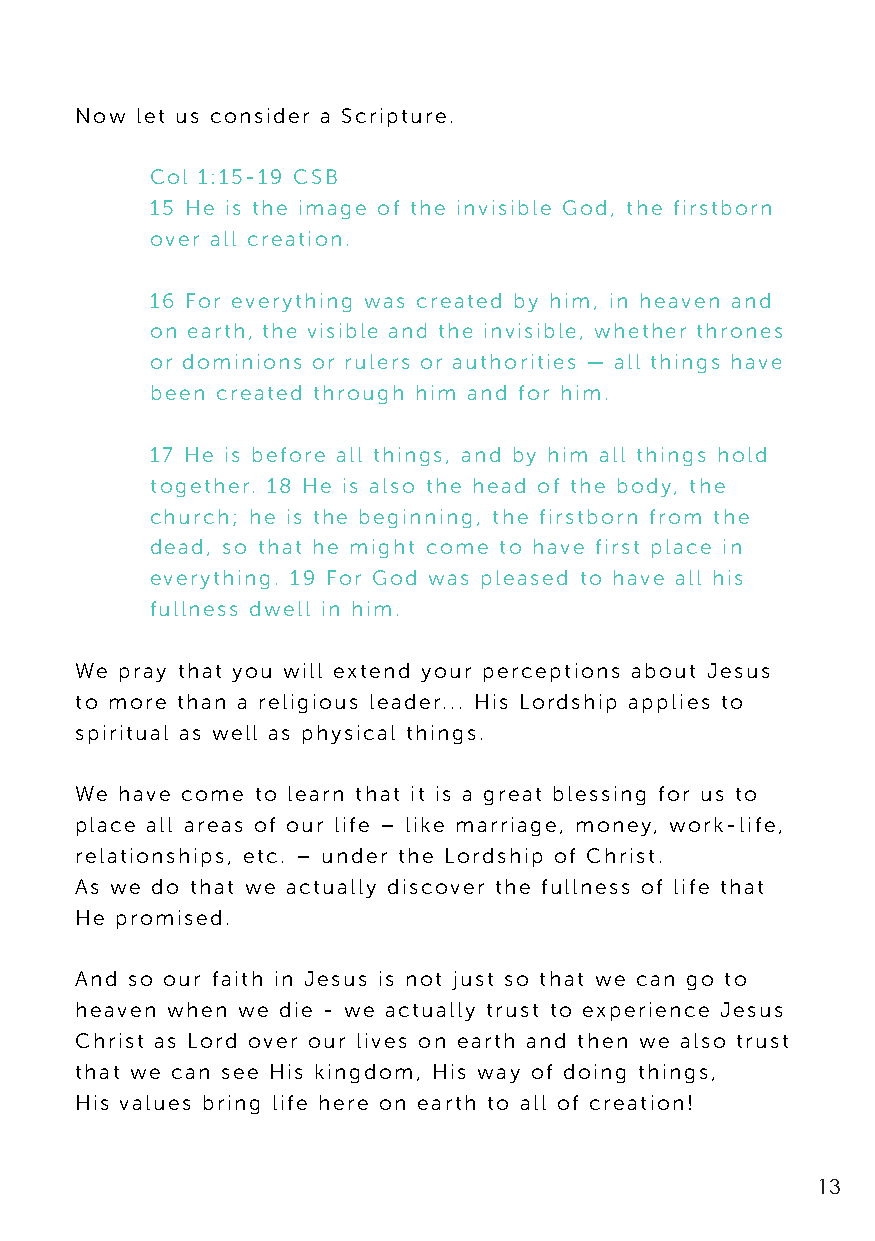
Now let us consider a Scripture.
 Col 1:15-19 CSB
 15 He is the image of the invisible God, the firstborn
 over all creation.
 16 For everything was created by him, in heaven and
 on earth, the visible and the invisible, whether thrones
 or dominions or rulers or authorities — all things have
 been created through him and for him.
 17 He is before all things, and by him all things hold
 together. 18 He is also the head of the body, the
 church; he is the beginning, the firstborn from the
 dead, so that he might come to have first place in
 everything. 19 For God was pleased to have all his
 fullness dwell in him.
 We pray that you will extend your perceptions about Jesus
 to more than a religious leader... His Lordship applies to
 spiritual as well as physical things.
 We have come to learn that it is a great blessing for us to
 place all areas of our life – like marriage, money, work-life,
 relationships, etc. – under the Lordship of Christ.
 As we do that we actually discover the fullness of life that
 He promised.
 And so our faith in Jesus is not just so that we can go to
 heaven when we die - we actually trust to experience Jesus
 Christ as Lord over our lives on earth and then we also trust
 that we can see His kingdom, His way of doing things,
 His values bring life here on earth to all of creation!
 13